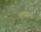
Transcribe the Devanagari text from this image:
ढ़लवाण